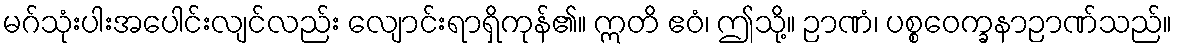
မဂ်သုံးပါးအပေါင်းလျင်လည်း လျောင်းရာရှိကုန်၏။ ဣတိ ဧဝံ၊ ဤသို့။ ဉာဏံ၊ ပစ္စဝေက္ခနာဉာဏ်သည်။